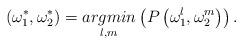
LaTeX: \begin{align*}\left(\omega_{1}^{*},\omega_{2}^{*}\right)=\underset{l,m}{argmin}\left(P\left(\omega_{1}^{l},\omega_{2}^{m}\right)\right).\end{align*}